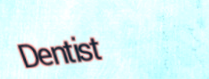
Dentist